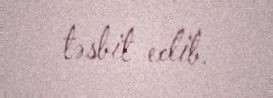
təsbit edib.